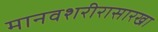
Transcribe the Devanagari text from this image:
मानवशरीरासारखा